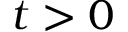
t > 0